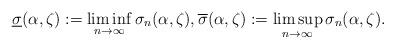
LaTeX: \begin{align*} \underline{\sigma}(\alpha,\zeta):= \liminf_{n\to\infty} \sigma_{n}(\alpha,\zeta),\overline{\sigma}(\alpha,\zeta):= \limsup_{n\to\infty} \sigma_{n}(\alpha,\zeta).\end{align*}